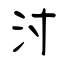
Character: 泭